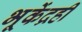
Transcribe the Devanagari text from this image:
भूकेंद्रही